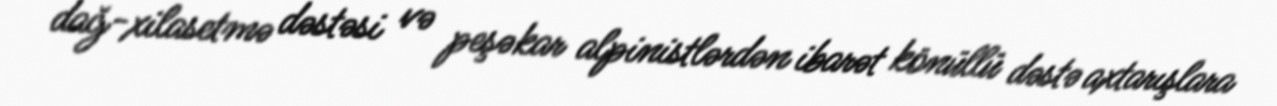
dağ-xilasetmə dəstəsi və peşəkar alpinistlərdən ibarət könüllü dəstə axtarışlara